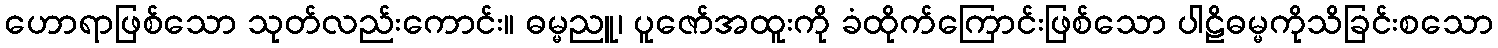
ဟောရာဖြစ်သော သုတ်လည်းကောင်း။ ဓမ္မညူ၊ ပူဇော်အထူးကို ခံထိုက်ကြောင်းဖြစ်သော ပါဠိဓမ္မကိုသိခြင်းစသော